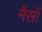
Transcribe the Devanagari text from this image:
नैसॉ